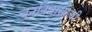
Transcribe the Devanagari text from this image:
वननिवासाची